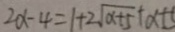
2 \alpha - 4 = 1 + 2 \sqrt { \alpha + 5 } + \alpha + 5